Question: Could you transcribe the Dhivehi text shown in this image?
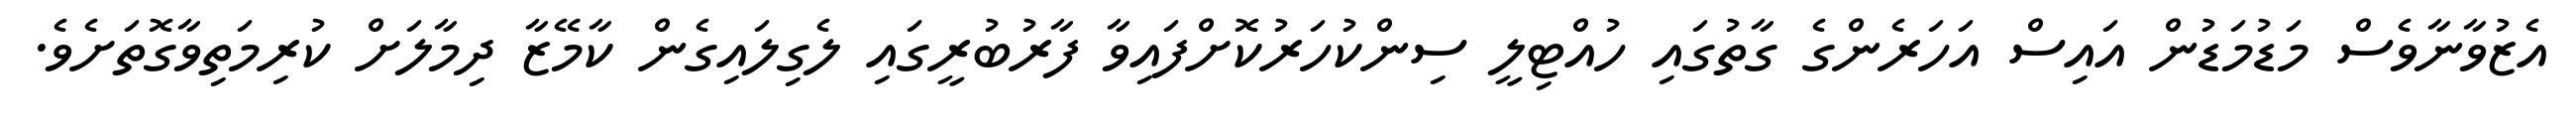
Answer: އެޒުވާނާވެސް މަޑުމަޑުން އައިސް އަހަރެންގެ ގާތުގައި ހުއްޓިލީ ސިންކުހަރުކޮށްފައިވާ ފާރުބުރީގައި ލެގިލައިގެން ކާމޭޒާ ދިމާލަށް ކުރިމަތިވާގޮތަށެވެ.